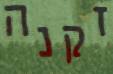
זקנה